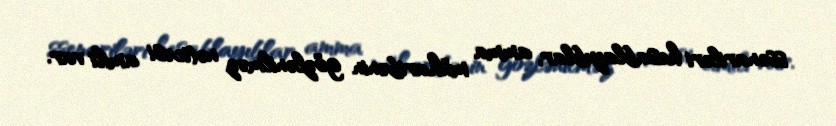
ssenariləri hesablayıblar, amma müharibənin gözlənilməz nəticəsi amili var.